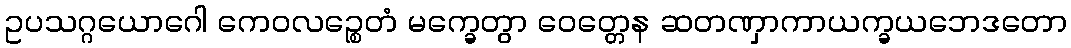
ဥပသဂ္ဂယောဂေါ ကေဝလဉ္စေတံ မက္ခေတွာ ဝေတ္တေန ဆတဏှာကာယက္ခယဘေဒတော